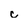
Character: c